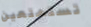
تستمتعين